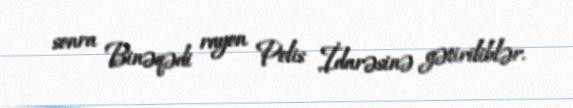
sonra Binəqədi rayon Polis İdarəsinə gətiriliblər.